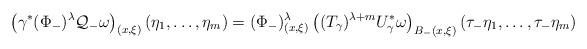
LaTeX: \begin{align*}\left(\gamma^* (\Phi_-)^\lambda \mathcal{Q}_- \omega\right)_{(x,\xi)} ( \eta_1,\dots,\eta_m)=(\Phi_-)^\lambda_{(x,\xi)} \left((T_\gamma)^{\lambda+m} U_\gamma^*\omega\right)_{B_-(x,\xi)} ( {\tau_-} \eta_1, \dots , {\tau_-} \eta_m)\end{align*}